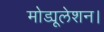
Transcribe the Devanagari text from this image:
मोड्यूलेशन।